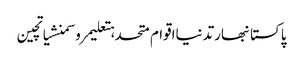
پاکستانبھارتدنیااقوام متحدہتعلیمروسمنشیاتچین